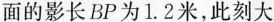
面的影长BP为1.2米，此刻大